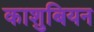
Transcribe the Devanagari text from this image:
काशुबियन